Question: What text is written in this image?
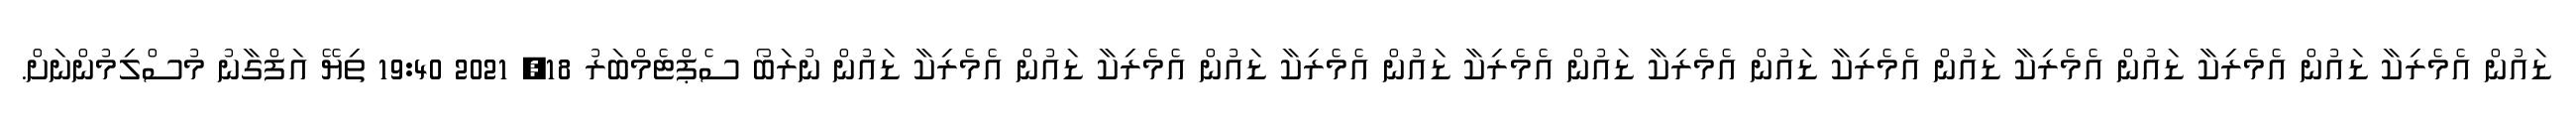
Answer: ޑައުން އެމެރިކާ ޑައުން އެމެރިކާ ޑައުން އެމެރިކާ ޑައުން އެމެރިކާ ޑައުން އެމެރިކާ ޑައުން އެމެރިކާ ޑައުން އެމެރިކާ ޑައުން އެމެރިކާ ޑައުން އެމެރިކާ ޑައުން ނުރަބޯ ސެޕްޓެމްބަރު 18, 2021 19:40 ތިޔޭ އަފްގާނު މުސްލިމުންނަށް.